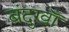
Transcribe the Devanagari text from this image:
बंदुखाँ